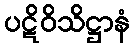
ပဋိဝိသိဋ္ဌာနံ